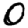
Digit: 0